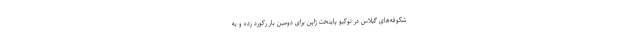
شکوفه‌های گیلاس در توکیو پایتخت ژاپن برای دومین بار رکورد زده و به